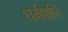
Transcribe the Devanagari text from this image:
धर्मप्राप्ति